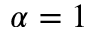
\alpha = 1